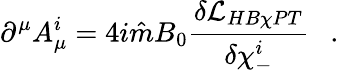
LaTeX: \partial^{\mu}A_{\mu}^{i}=4i{\hat{m}}B_{0}{\frac{\delta{\cal L}_{HB\chi PT}}{\delta\chi_{-}^{i}}}\ \ \ .